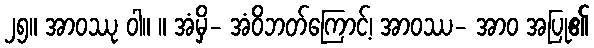
၂၅။ အာဝဿု ဝါ။ ။ အံမှိ- အံဝိဘတ်ကြောင့်၊ အာဝဿ- အာဝ အပြု၏